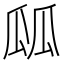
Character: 㼌